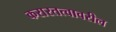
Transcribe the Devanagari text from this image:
करारतत्वावरील